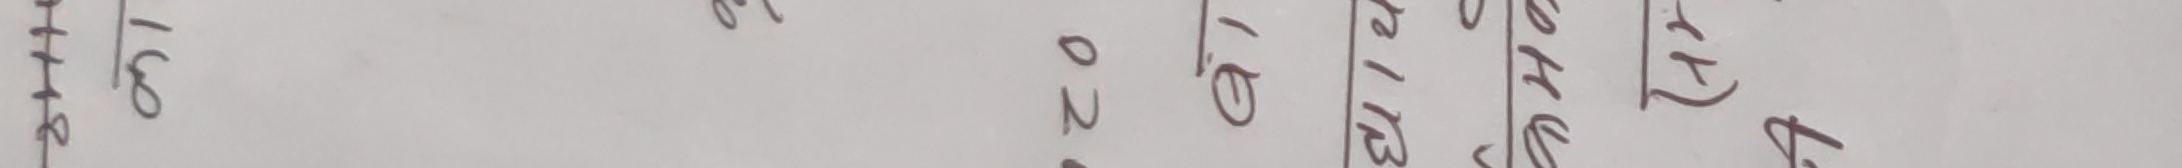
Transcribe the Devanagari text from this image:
२४७७/१६८ भढ ०२० १.० समय १२.१३ हिन्दु ४ पूर्वी १५ ११.५०